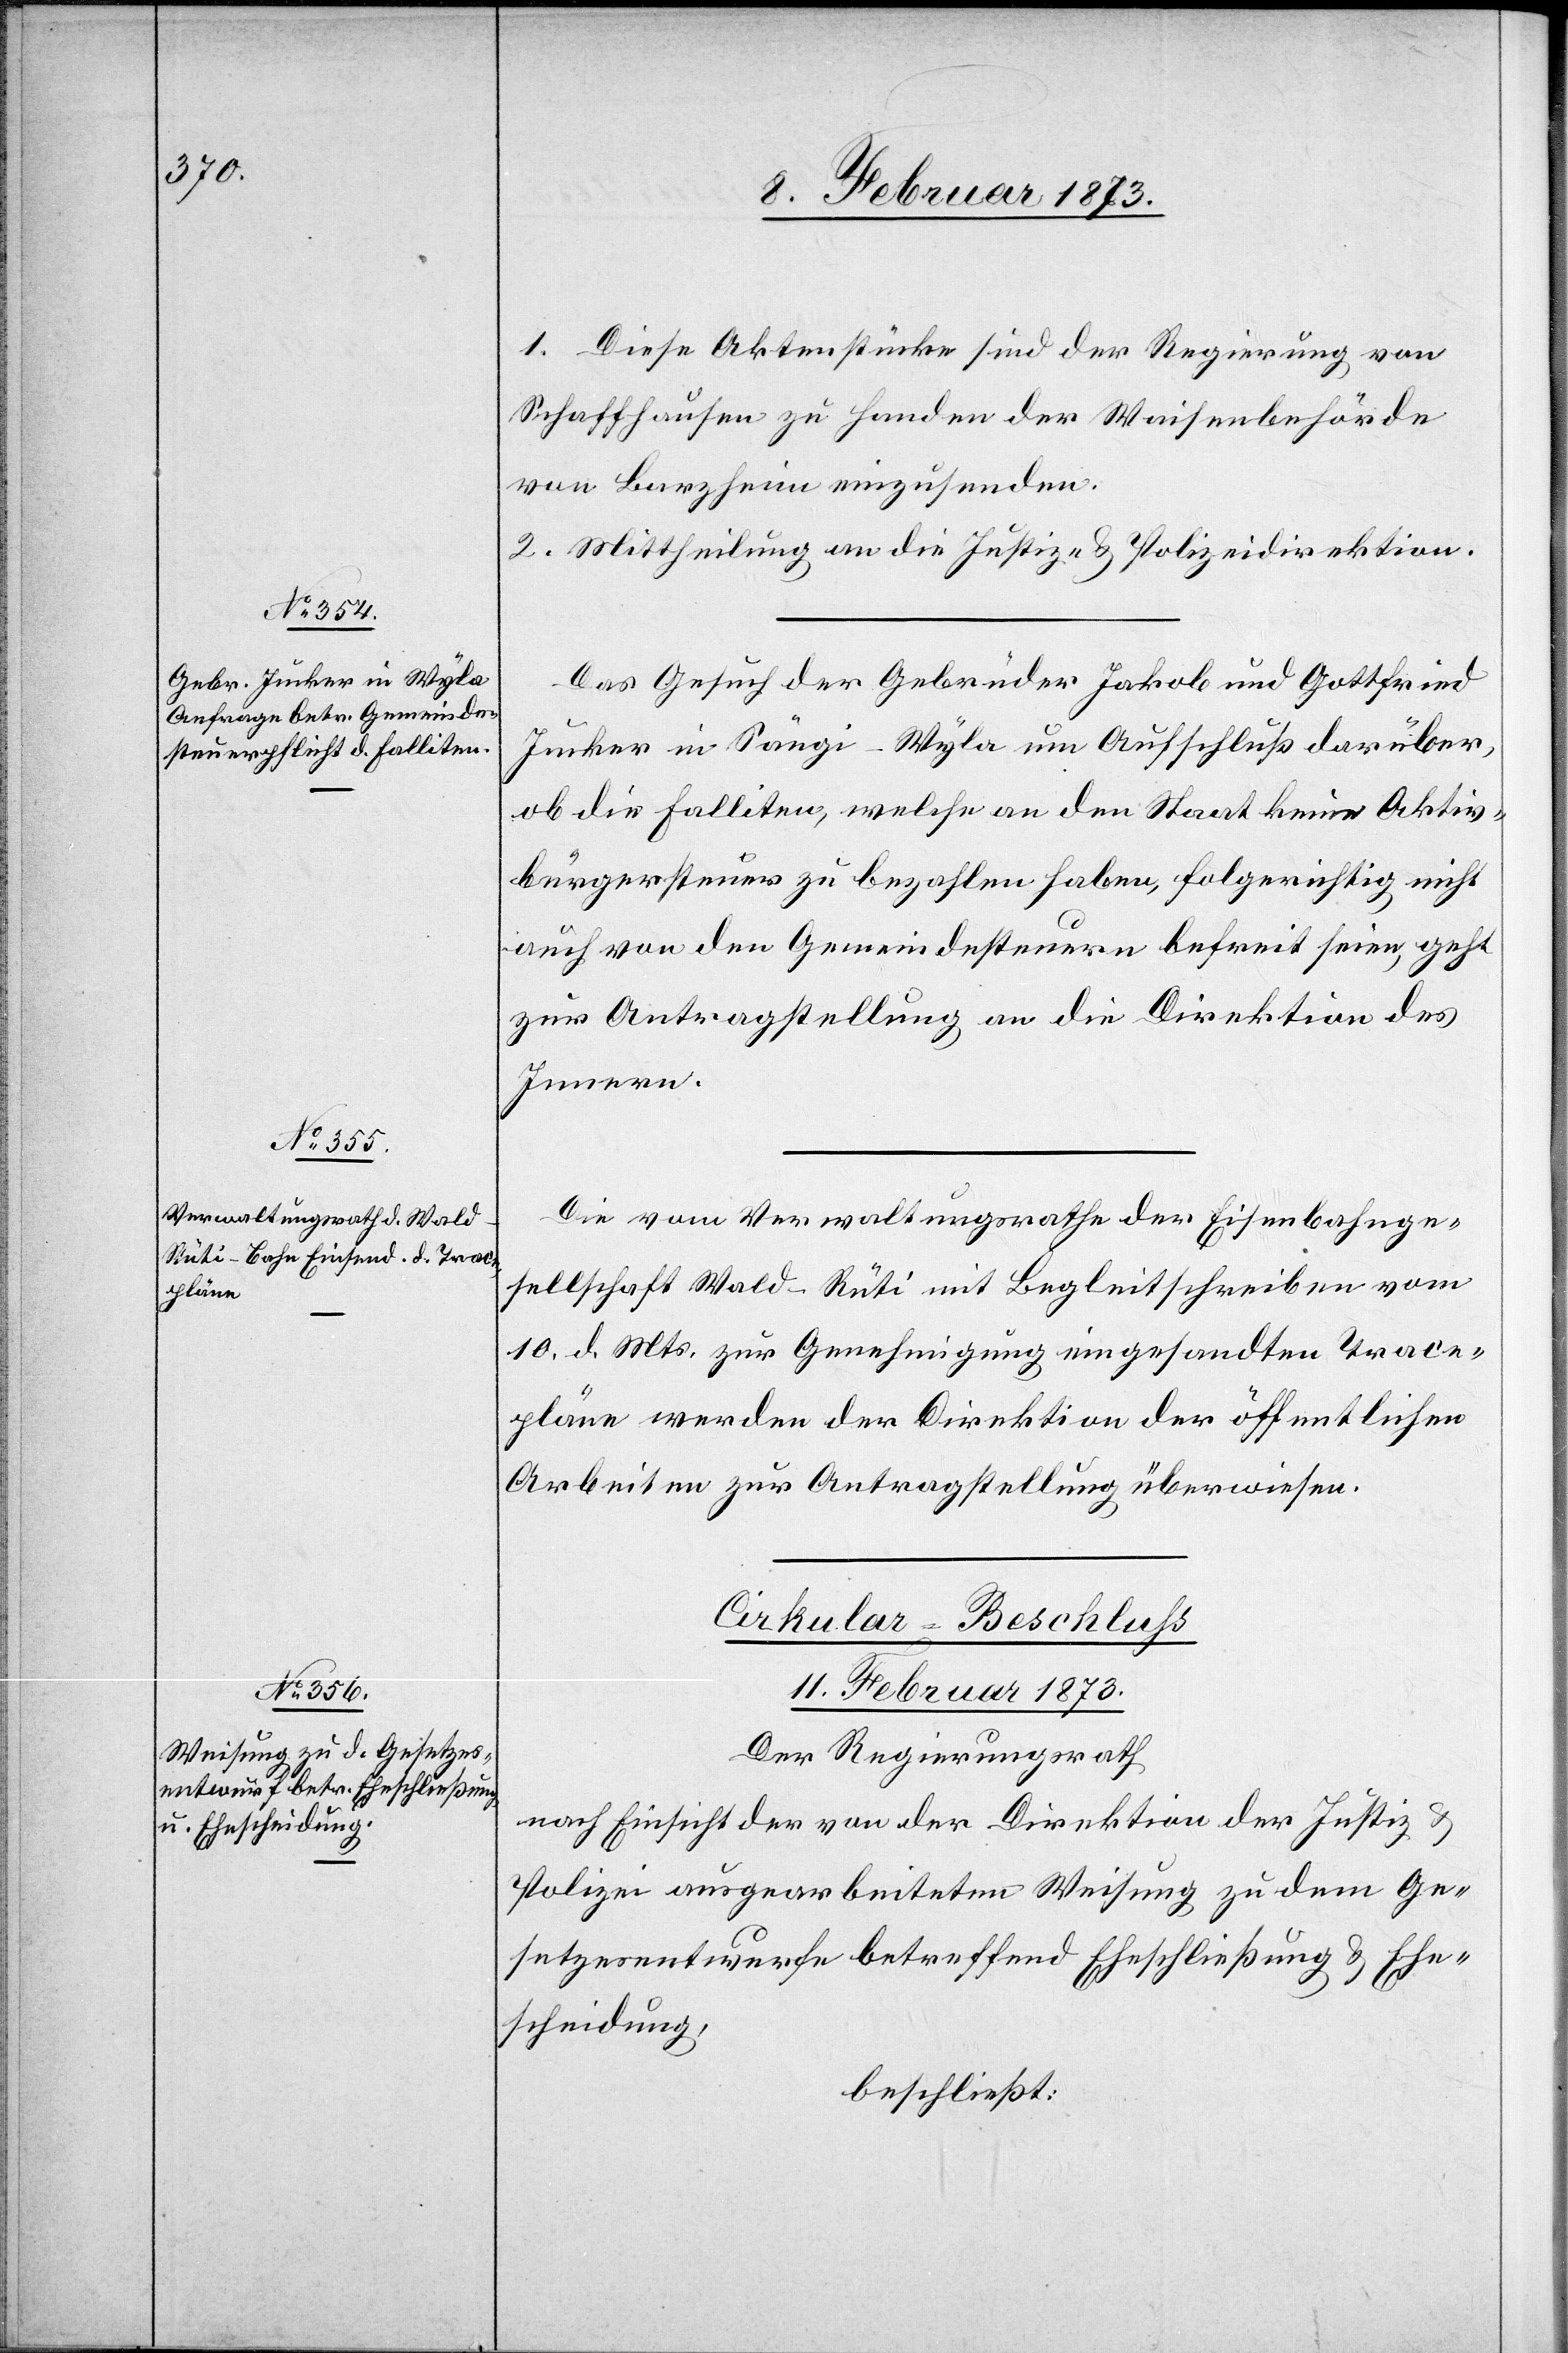
11. Februar 1873.]
1. Diese Aktenstücke sind der Regierung von
Schaffhausen zu Handen der Waisenbehörde
von Barzheim einzusenden.
2. Mittheilung an die Justiz- u. Polizeidirektion.
Das Gesuch der Gebrüder Jakob und Gottfried
Jucker in Sängi-Wyla um Aufschluß darüber,
ob die Falliten, welche an den Staat keine Aktiv¬
bürgersteuer zu bezahlen haben, folgerichtig nicht
auch von den Gemeindesteuern befreit seien, geht
zur Antragstellung an die Direktion des
Innern.
Die vom Verwaltungsrathe der Eisenbahnge¬
sellschaft Wald–Rüti mit Begleitschreiben vom
10. d. Mts. zur Genehmigung eingesandten Trace¬
pläne werden der Direktion der öffentlichen
Arbeiten zur Antragstellung überwiesen.
Cirkular-Beschluß[.]
Der Regierungsrath
nach Einsicht der von der Direktion der Justiz u.
Polizei ausgearbeiteten Weisung zu dem Ge¬
setzesentwurfe betreffend Eheschließung u. Ehe¬
scheidung,
beschließt: